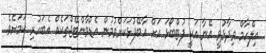
އިލްހާމް ވިދާޅުވީ އޭނާ އަކީ ފުޓްބޯޅަ އަށް އާބޭފުޅަކަށްވުމުން އެޑްވާންޓޭޖްތަކެއް އެބަހުރި ކަމަށެވެ.